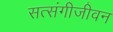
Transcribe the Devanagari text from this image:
सत्संगीजीवन